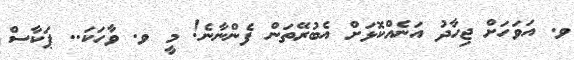
ވ. އަވަހަށް ޖިހާދު އަނެއްކޮޅަށް އެބުރޭތަން ފެންނާނެ! މީ ވ. ވާހަކަ.. ޕަކާސް